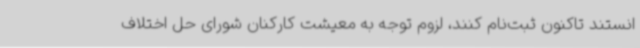
انستند تاکنون ثبت‌نام کنند، لزوم توجه به معیشت کارکنان شورای حل اختلاف